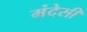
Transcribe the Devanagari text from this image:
मंदेसी